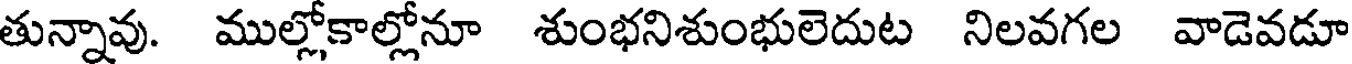
తున్నావు. ముల్లోకాల్లోనూ శుంభనిశుంభులెదుట నిలవగల వాడెవడూ